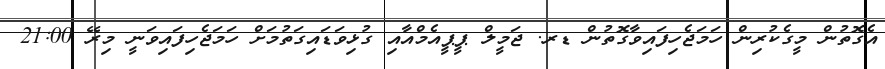
އެގޮތުން މީގެކުރިން ހަމަޖެހިފައިވާގޮތުން ޑރ. ޖަމީލް ޕީޕީއެމްއާއި ގުޅިވަޑައިގަތުމަށް ހަމަޖެހިފައިވަނީ މިރޭ 21:00